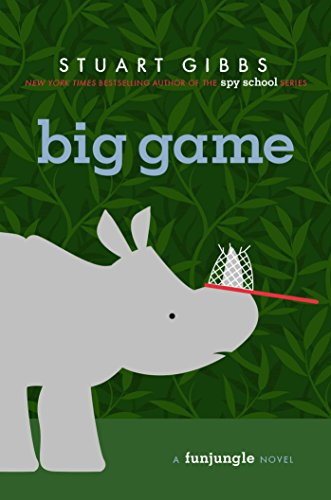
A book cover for Big Game (FunJungle); Stuart Gibbs; Children's Books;